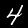
Digit: 4